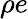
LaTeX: \rho e